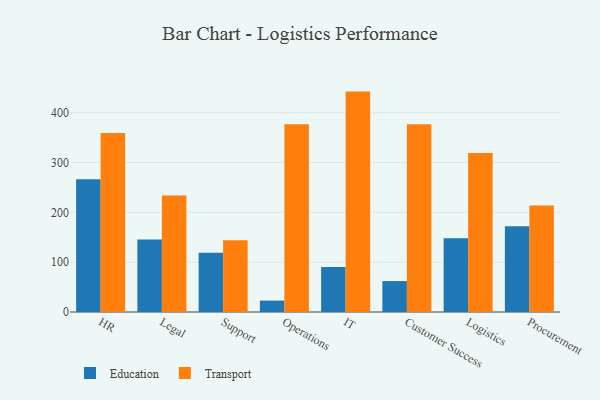
{"axis": {"x": "Department", "y": "Customer Acquisition Cost (USD)"}, "legend": ["Education", "Transport"], "data": [{"x": "HR", "y": 266.3, "type": "Education"}, {"x": "HR", "y": 359.1, "type": "Transport"}, {"x": "Legal", "y": 145.7, "type": "Education"}, {"x": "Legal", "y": 233.6, "type": "Transport"}, {"x": "Support", "y": 119.1, "type": "Education"}, {"x": "Support", "y": 144.2, "type": "Transport"}, {"x": "Operations", "y": 22.9, "type": "Education"}, {"x": "Operations", "y": 377.0, "type": "Transport"}, {"x": "IT", "y": 90.4, "type": "Education"}, {"x": "IT", "y": 442.3, "type": "Transport"}, {"x": "Customer Success", "y": 62.1, "type": "Education"}, {"x": "Customer Success", "y": 376.8, "type": "Transport"}, {"x": "Logistics", "y": 147.9, "type": "Education"}, {"x": "Logistics", "y": 319.2, "type": "Transport"}, {"x": "Procurement", "y": 172.0, "type": "Education"}, {"x": "Procurement", "y": 213.6, "type": "Transport"}]}